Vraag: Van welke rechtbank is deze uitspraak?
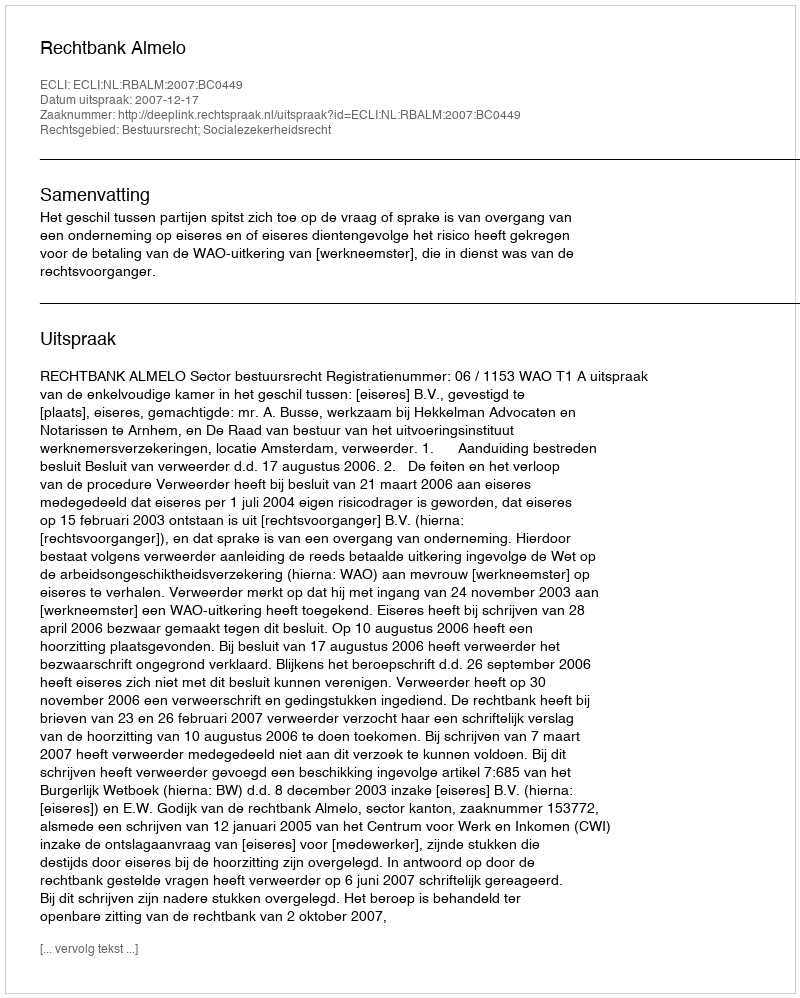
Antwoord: Rechtbank Almelo